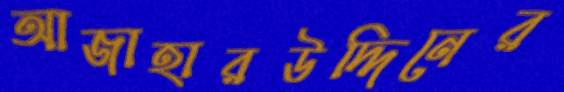
আজাহারউদ্দিনের